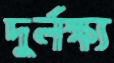
দুর্লক্ষ্য